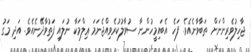
ޖާހިލުވެރިންނަށް ތަބާވާނެއެވެ. ފަހެ އެބައިމީހުންނާ ސުވާލުކުރެވިއްޖެނަމަ ޢިލްމަކާ ނުލައި ފަތުވާދޭނެއެވެ. އަދި މަގު